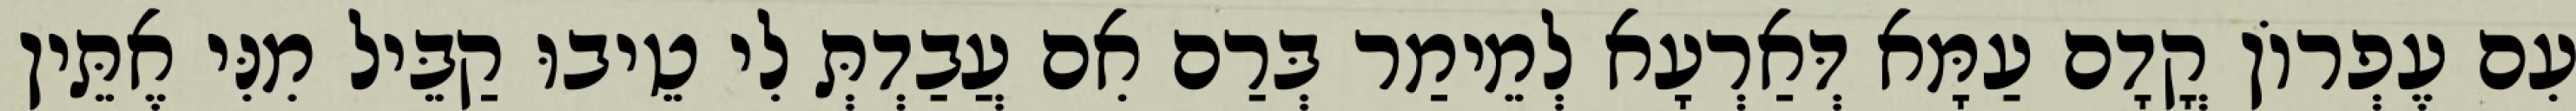
עִם עֶפְרוֹן קֳדָם עַמָּא דְּאַרְעָא לְמֵימַר בְּרַם אִם עֲבַדְתְּ לִי טֵיבוּ קַבֵּיל מִנִּי אֶתֵּין